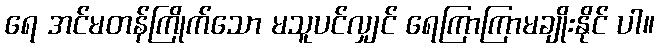
ရေ အင်မတန်ကြိုက်သော မသူပင်လျှင် ရေကြာကြာမချိုးနိုင် ပါ။